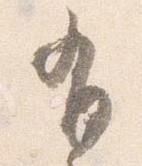
有